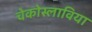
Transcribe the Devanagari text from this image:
चेकोस्लाविया